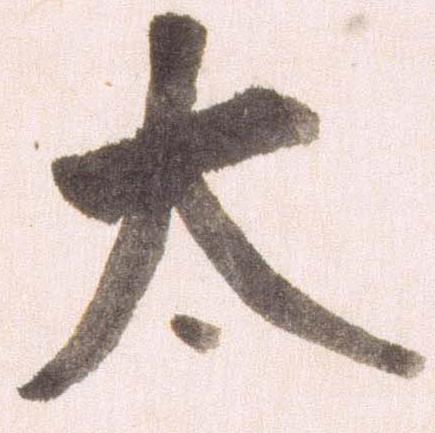
太